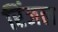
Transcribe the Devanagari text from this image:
रिंजल